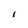
Character: 1